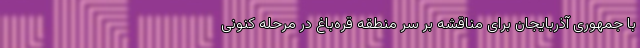
با جمهوری آذربایجان برای مناقشه بر سر منطقه قره‌باغ در مرحله کنونی